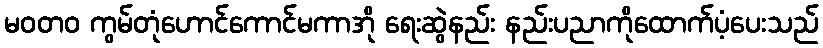
မဝတ၀ ကွမ်တုံဟောင်ကောင်မကာအို ရေးဆွဲနည်း နည်းပညာကိုထောက်ပံ့ပေးသည်